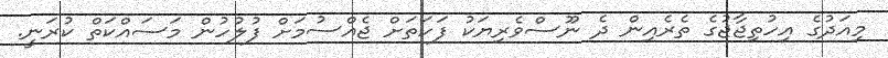
މިއަދުގެ އިހުތިޖާޖުގެ ތެރެއިން ދެ ނޫސްވެރިޔަކު ފަހަތަށް ޖެއްސުމަށް ފުލުހުން މަސައްކަތް ކުރަނީ.